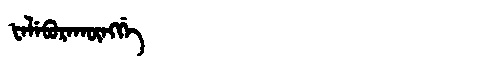
Manchu: ᡶᡝᠯᡝᠪᡠᡵᠠᡴᡡᠩᡤᡝ
Romanization: FELEBURAKŪNGGE